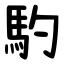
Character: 馰